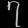
Digit: ၇